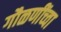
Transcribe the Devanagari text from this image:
गौळणींच्वा